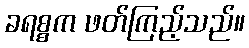
ခရစ္စက ဖတ်ကြည့်သည်။